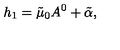
h _ { 1 } = \tilde { \mu } _ { 0 } A ^ { 0 } + \tilde { \alpha } ,